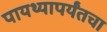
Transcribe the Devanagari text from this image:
पायथ्यापर्यंतचा